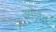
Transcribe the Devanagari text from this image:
अलिंद्